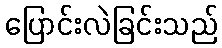
ပြောင်းလဲခြင်းသည်